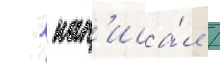
  нап'иса́л /